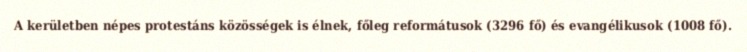
A kerületben népes protestáns közösségek is élnek, főleg reformátusok (3296 fő) és evangélikusok (1008 fő).